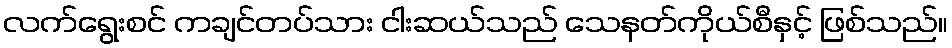
လက်ရွေးစင် ကချင်တပ်သား ငါးဆယ်သည် သေနတ်ကိုယ်စီနှင့် ဖြစ်သည်။